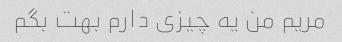
مریم من یه چیزی دارم بهت بگم